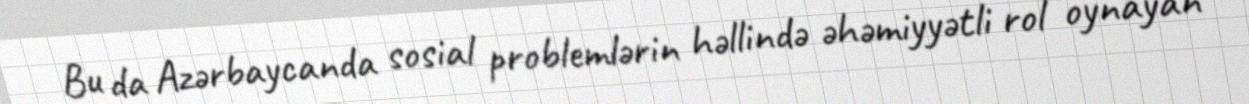
Bu da Azərbaycanda sosial problemlərin həllində əhəmiyyətli rol oynayan